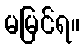
မမြင်ရ။